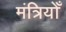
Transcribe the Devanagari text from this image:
मंत्रियोँ